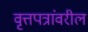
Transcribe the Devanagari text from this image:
वृत्तपत्रांवरील